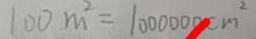
1 0 0 m ^ { 2 } = 1 0 0 0 0 0 0 c m ^ { 2 }